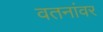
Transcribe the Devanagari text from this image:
वतनांवर